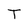
Character: T